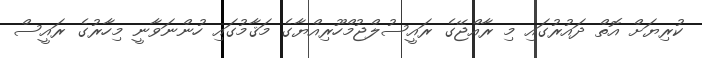
ކުރިޔަށް އޮތް ދައުރުގައި މި ރާއްޖޭގެ ރައީސުލްޖުމްހޫރިއްޔާގެ މަޤާމުގައި ހުންނަވާނީ މިހާރުގެ ރައީސް